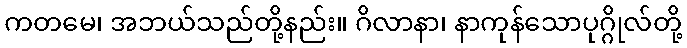
ကတမေ၊ အဘယ်သည်တို့နည်း။ ဂိလာနာ၊ နာကုန်သောပုဂ္ဂိုလ်တို့